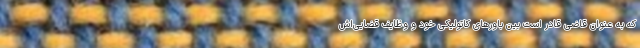
که به عنوان قاضی قادر است بین باورهای کاتولیکی خود و وظایف قضایی‌اش